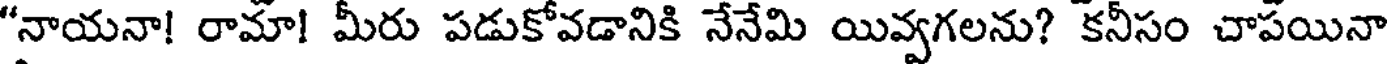
"నాయనా! రామా! మీరు పడుకోవడానికి నేనేమి యివ్వగలను? కనీసం చాపయినా